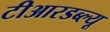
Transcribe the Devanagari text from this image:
टीआरडब्ल्यू